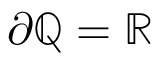
\partial \mathbb { Q } = \mathbb { R }